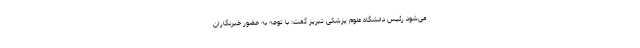
می‌شود رئیس دانشگاه علوم پزشکی تبریز گفت: با توجه به حضور خبرنگاران